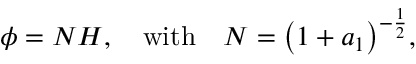
\phi = N H , \quad \mathrm { w i t h } \quad N = { \left( 1 + a _ { 1 } \right) } ^ { - \frac { 1 } { 2 } } ,